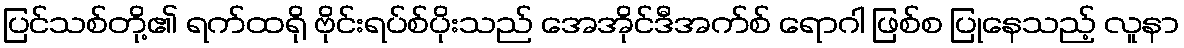
ပြင်သစ်တို့၏ ရက်ထရို ဗိုင်းရပ်စ်ပိုးသည် အေအိုင်ဒီအက်စ် ရောဂါ ဖြစ်စ ပြုနေသည့် လူနာ